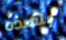
بهذه